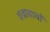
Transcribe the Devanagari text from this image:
वज्राचार्यों